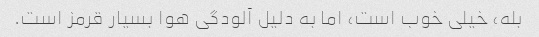
بله، خیلی خوب است، اما به دلیل آلودگی هوا بسیار قرمز است.